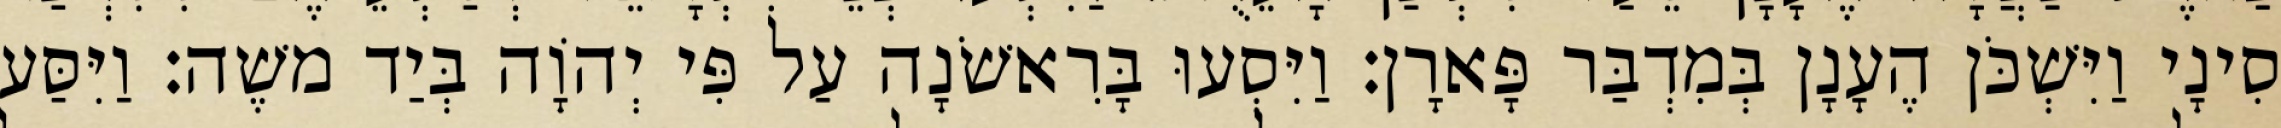
סִינָי וַיִּשְׁכֹּן הֶעָנָן בְּמִדְבַּר פָּארָן׃ וַיִּסְעוּ בָּרִאשֹׁנָה עַל פִּי יְהוָֹה בְּיַד משֶׁה׃ וַיִּסַּע